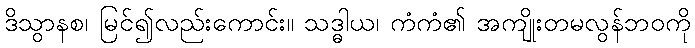
ဒိသွာနစ၊ မြင်၍လည်းကောင်း။ သဒ္ဓါယ၊ ကံကံ၏ အကျိုးတမလွန်ဘဝကို